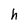
Character: h